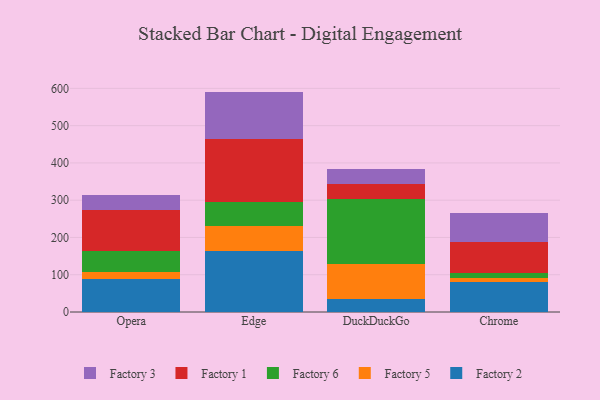
{"axis": {"x": "Browser", "y": "Customer Acquisition Cost (USD)"}, "legend": ["Factory 1", "Factory 2", "Factory 3", "Factory 5", "Factory 6"], "data": [{"x": "Opera", "y": 88.0, "type": "Factory 2"}, {"x": "Opera", "y": 19.2, "type": "Factory 5"}, {"x": "Opera", "y": 56.3, "type": "Factory 6"}, {"x": "Opera", "y": 111.3, "type": "Factory 1"}, {"x": "Opera", "y": 38.7, "type": "Factory 3"}, {"x": "Edge", "y": 163.7, "type": "Factory 2"}, {"x": "Edge", "y": 66.2, "type": "Factory 5"}, {"x": "Edge", "y": 64.2, "type": "Factory 6"}, {"x": "Edge", "y": 170.4, "type": "Factory 1"}, {"x": "Edge", "y": 126.9, "type": "Factory 3"}, {"x": "DuckDuckGo", "y": 35.6, "type": "Factory 2"}, {"x": "DuckDuckGo", "y": 92.8, "type": "Factory 5"}, {"x": "DuckDuckGo", "y": 175.7, "type": "Factory 6"}, {"x": "DuckDuckGo", "y": 40.6, "type": "Factory 1"}, {"x": "DuckDuckGo", "y": 39.1, "type": "Factory 3"}, {"x": "Chrome", "y": 80.9, "type": "Factory 2"}, {"x": "Chrome", "y": 9.4, "type": "Factory 5"}, {"x": "Chrome", "y": 13.2, "type": "Factory 6"}, {"x": "Chrome", "y": 85.2, "type": "Factory 1"}, {"x": "Chrome", "y": 75.7, "type": "Factory 3"}]}